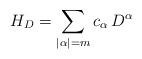
LaTeX: \begin{align*}H_D=\sum_{|\alpha| = m} c_\alpha \, D^\alpha\end{align*}